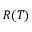
R ( T )